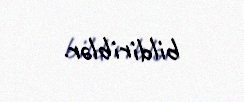
bildiriblər.